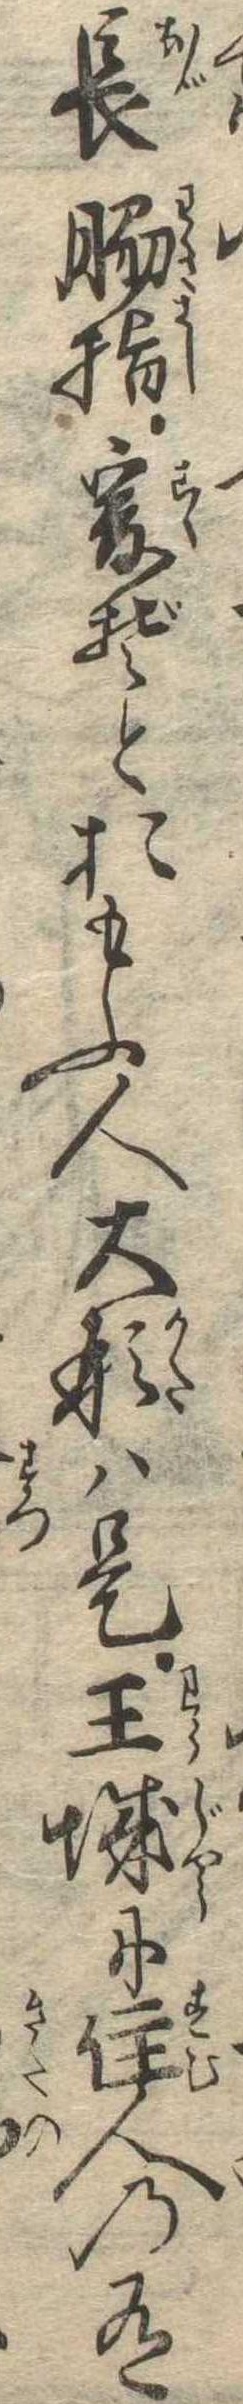
長脇差爰ぞとおもふ人大形は是王城に住人の有